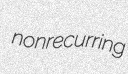
nonrecurring